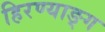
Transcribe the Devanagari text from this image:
हिरण्याङ्ग